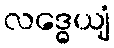
လဒ္ဓေယျံ